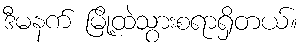
ဒီမနက် မြို့ထဲသွားစရာရှိတယ်။